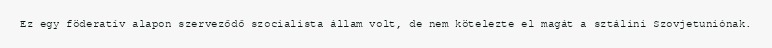
Ez egy föderatív alapon szerveződő szocialista állam volt, de nem kötelezte el magát a sztálini Szovjetuniónak.